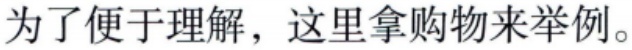
为了便于理解，这里拿购物来举例。